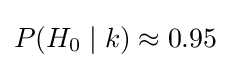
P(H_{0}\mid k)\approx 0.95